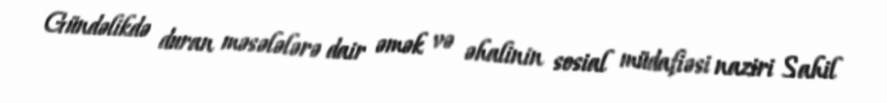
Gündəlikdə duran məsələlərə dair əmək və əhalinin sosial müdafiəsi naziri Sahil